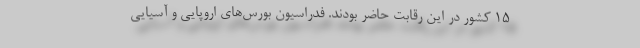
15 کشور در این رقابت حاضر بودند. فدراسیون بورس‌های اروپایی و آسیایی